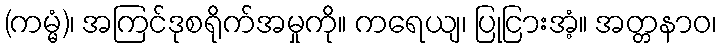
(ကမ္မံ)၊ အကြင်ဒုစရိုက်အမှုကို။ ကရေယျ၊ ပြုငြားအံ့။ အတ္တနာဝ၊